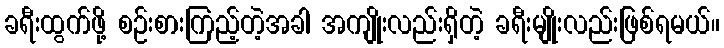
ခရီးထွက်ဖို့ စဉ်းစားကြည့်တဲ့အခါ အကျိုးလည်းရှိတဲ့ ခရီးမျိုးလည်းဖြစ်ရမယ်။